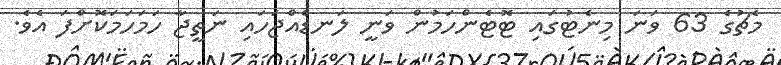
މެޗުގެ 63 ވަނަ މިނެޓުގައި ޓޮޓެންހަމުން ވަނީ ލަނޑެއްޖަހައި ނަތީޖާ ހަމަހަމަކޮށްފަ އެވެ.